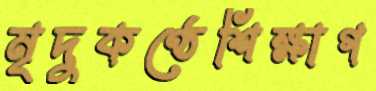
মৃদুকণ্ঠেশিক্ষাগ